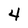
Character: 4